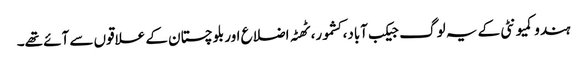
ہندو کمیونٹی کے یہ لوگ جیکب آباد، کشمور، ٹھٹہ اضلاع اور بلوچستان کے علاقوں سے آئے تھے۔